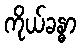
ကိုယ်ခန္ဓာ